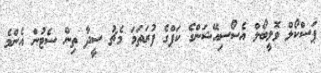
ޕަސްކޯލް ވޮލީބޯލް އެސޯސިއޭޝަންގެ ކަޕްގެ ފުރަތަމަ މެޗު ސީދާ ތިން ސެޓުން އެންމެ